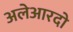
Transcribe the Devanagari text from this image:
अलेआरदो